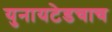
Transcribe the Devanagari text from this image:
युनायटेडचाच